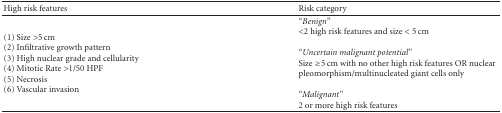
<table><thead><tr><td><b> High risk features</b></td><td><b>Risk category</b></td></tr></thead><tbody><tr><td rowspan="5">(1) Size &gt;5 cm (2) Infiltrative growth pattern (3) High nuclear grade and cellularity (4) Mitotic Rate &gt;1/50 HPF (5) Necrosis (6) Vascular invasion</td><td>“<i>Benign</i>” &lt;2 high risk features and size &lt; 5 cm<b></b></td></tr><tr><td>“<i>Uncertain malignant potential</i>” Size ≥5 cm with no other high risk features OR nuclear pleomorphism/multinucleated giant cells only<b></b></td></tr><tr><td>“<i>Malignant</i>” 2 or more high risk features</td></tr></tbody></table>